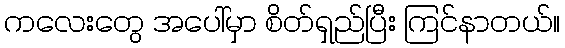
ကလေးတွေ အပေါ်မှာ စိတ်ရှည်ပြီး ကြင်နာတယ်။